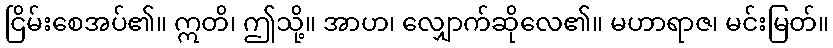
ငြိမ်းစေအပ်၏။ ဣတိ၊ ဤသို့။ အာဟ၊ လျှောက်ဆိုလေ၏။ မဟာရာဇ၊ မင်းမြတ်။